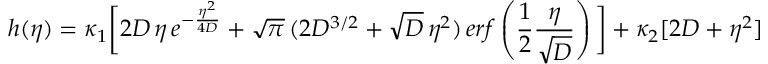
h ( \eta ) = \kappa _ { 1 } \bigg [ 2 D \, \eta \, e ^ { - \frac { \eta ^ { 2 } } { 4 D } } + \sqrt { \pi } \, ( 2 D ^ { 3 / 2 } + \sqrt { D } \, \eta ^ { 2 } ) \, e r f \left( \frac { 1 } { 2 } \frac { \eta } { \sqrt { D } } \right) \bigg ] + \kappa _ { 2 } [ 2 D + \eta ^ { 2 } ]